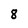
Character: 8